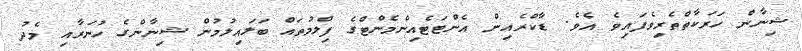
ޝިނާން ހަރަކާތްތެރިވެފައިވެ އެވެ. ޑާކްރެއިން އެންޓަޓެއިންމެންޓްގެ ފިލްމުތައް ބަލައިލުމުން ޝިނާންގެ ހުނަރާއި މެދު